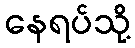
နေရပ်သို့